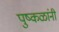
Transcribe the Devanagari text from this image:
पुष्कळांनी